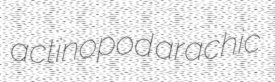
actinopod arachic